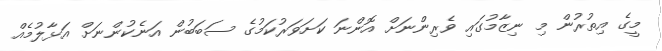
މީގެ އިތުރުން މި ނިޒާމުގައި ވެރިންނަށް އޮންނަ ކަށަވަރުކަމުގެ ސަބަބުން އަނެކުންނަށް އަޅާލުމެއް